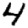
Digit: 4